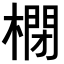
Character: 𣘥